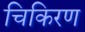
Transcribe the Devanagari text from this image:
चिकिरण